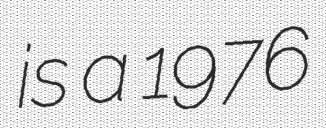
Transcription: is a 1976